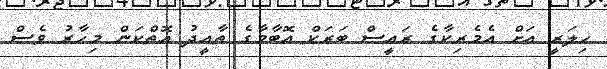
ހިލަރީ އަށް އެމެރިކާގެ ރައީސް ބަރަކް އޮބާމާގެ ތާއީދު އޮތްކަން މިހާރު ވެސް